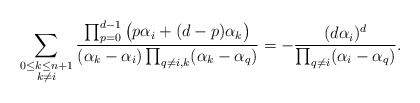
\begin{align*}\sum_{\begin{subarray}{c}0\leq k\leq n+1\\k\neq i\end{subarray}}\frac{\prod_{p=0}^{d-1}\big(p\alpha_i+(d-p) \alpha_k\big)}{(\alpha_k- \alpha_i)\prod_{q\neq i,k}(\alpha_k- \alpha_q)}=-\frac{(d \alpha_i)^{d}}{\prod_{q\neq i}(\alpha_i- \alpha_q)}.\end{align*}